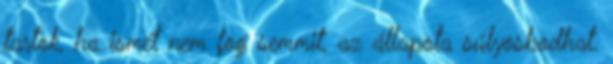
tartok, ha ismét nem fog semmit, az állapota súlyosbodhat.